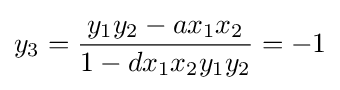
y_{3}={\frac {y_{1}y_{2}-ax_{1}x_{2}}{1-dx_{1}x_{2}y_{1}y_{2}}}=-1